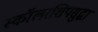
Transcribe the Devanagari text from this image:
स्कॉलरशिपसुद्धा